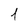
Character: 1